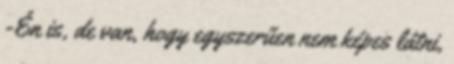
-Én is, de van, hogy egyszerűen nem képes látni,